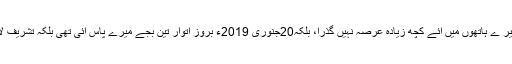
اس کو میر ے ہاتھوں میں آئے کچھ زیادہ عرصہ نہیں گذرا، بلکہ20جنوری 2019ء بروز اتوار تین بجے میرے پاس آئی تھی بلکہ تشریف لائی تھی۔